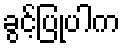
ခွင့်ပြုပါက